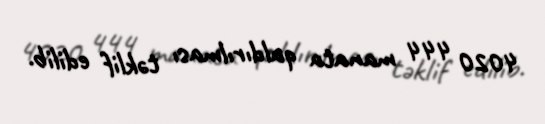
4020 444 manata qaldırılması təklif edilib.